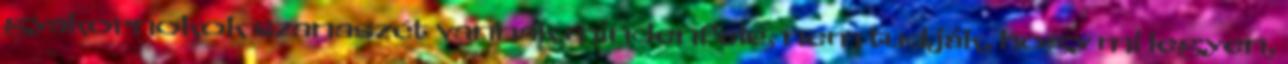
gyakornokok szanaszét vannak mindenfelé, nem tudják, hogy mi legyen,